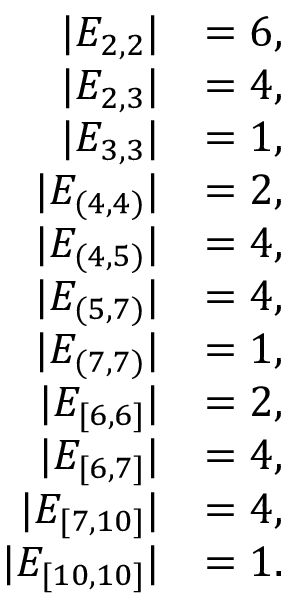
\begin{array} { r l } { | E _ { 2 , 2 } | } & { = 6 , } \\ { | E _ { 2 , 3 } | } & { = 4 , } \\ { | E _ { 3 , 3 } | } & { = 1 , } \\ { | E _ { ( 4 , 4 ) } | } & { = 2 , } \\ { | E _ { ( 4 , 5 ) } | } & { = 4 , } \\ { | E _ { ( 5 , 7 ) } | } & { = 4 , } \\ { | E _ { ( 7 , 7 ) } | } & { = 1 , } \\ { | E _ { [ 6 , 6 ] } | } & { = 2 , } \\ { | E _ { [ 6 , 7 ] } | } & { = 4 , } \\ { | E _ { [ 7 , 1 0 ] } | } & { = 4 , } \\ { | E _ { [ 1 0 , 1 0 ] } | } & { = 1 . } \end{array}